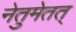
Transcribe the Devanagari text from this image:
नेतुमेतत्‌